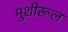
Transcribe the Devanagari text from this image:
मुशीरूल